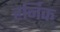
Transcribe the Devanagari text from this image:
हर्निक